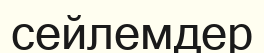
сейлемдер